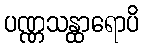
ပဏ္ဏသန္ထာရောပိ